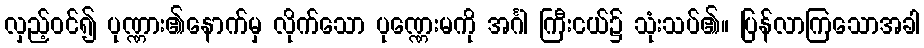
လှည့်ဝင်၍ ပုဏ္ဏား၏နောက်မှ လိုက်သော ပုဏ္ဏေးမကို အင်္ဂါ ကြီးငယ်၌ သုံးသပ်၏။ ပြန်လာကြသောအခါ